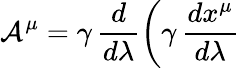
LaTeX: \mathcal{A}^{\mu}=\gamma\, \frac{{d}}{{d\lambda}}\biggl(\gamma\, \frac{{dx^{\mu}}}{{d\lambda}}